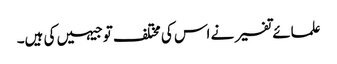
علمائے تفسیر نے اس کی مختلف توجیہیں کی ہیں۔